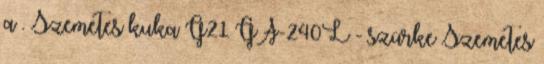
a . Szemetes kuka G21 GA-240L - szürke Szemetes